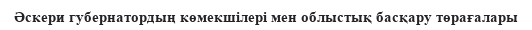
Әскери губернатордың көмекшілері мен облыстық басқару төрағалары